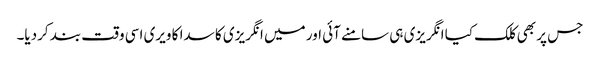
جس پر بھی کلک کیا انگریزی ہی سامنے آئی اور میں انگریزی کا سدا کا ویری اسی وقت بند کردیا۔